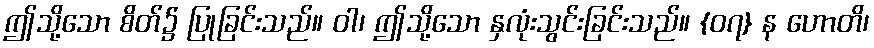
ဤသို့သော စိတ်၌ ပြုခြင်းသည်။ ဝါ၊ ဤသို့သော နှလုံးသွင်းခြင်းသည်။ {၀၇} န ဟောတိ၊